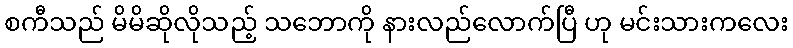
စကီသည် မိမိဆိုလိုသည့် သဘောကို နားလည်လောက်ပြီ ဟု မင်းသားကလေး